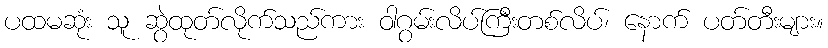
ပထမဆုံး သူ ဆွဲထုတ်လိုက်သည်ကား ဝါဂွမ်းလိပ်ကြီးတစ်လိပ်၊ နောက် ပတ်တီးများ။